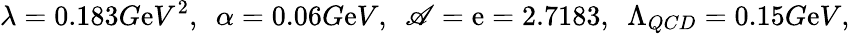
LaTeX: {\lambda=0.183G\mathrm{e}V^{2},~~\alpha=0.06G\mathrm{e}V,~~\mathscr{A}=\mathrm{e}=2.7183,~~\Lambda_{QCD}=0.15G\mathrm{e}V},